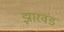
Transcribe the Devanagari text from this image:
झारवंड